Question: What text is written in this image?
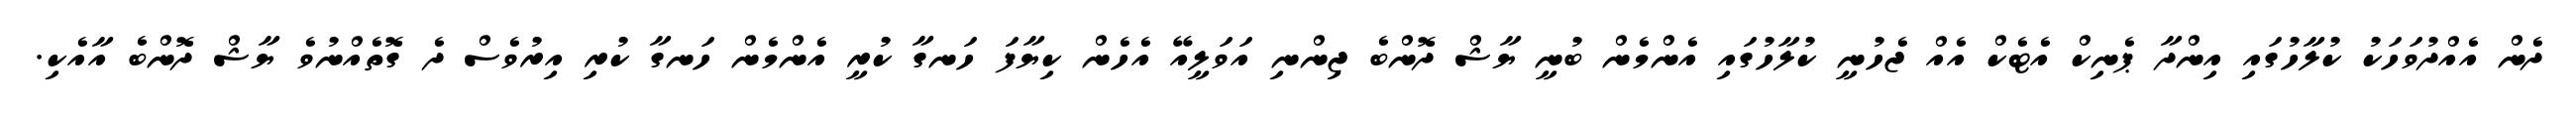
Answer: ދެން އެއްދުވަހަކު ކުލާހުގައި އިންދާ ޕެނިކް އެޓެކް އެއް ޖެހުނީ ކުލާހުގައި އެންމެން ބުނީ ޔާޝް ދޮންބެ ޖިންނި އަވަލީއޭ އެހެން ކިޔާފަ ހަނގާ ކުރީ އެންމެން ހަނގާ ކުރި އިރުވެސް ދެ ގޮތެއްނުވެ ޔާޝް ދޮންބެ އާއެކި.